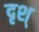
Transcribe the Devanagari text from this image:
दृश्